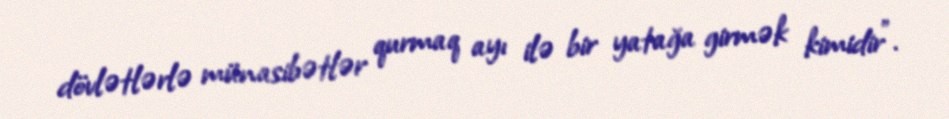
dövlətlərlə münasibətlər qurmaq ayı ilə bir yatağa girmək kimidir".